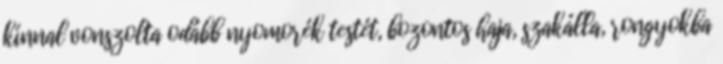
kínnal vonszolta odább nyomorék testét, bozontos haja, szakálla, rongyokba